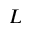
L